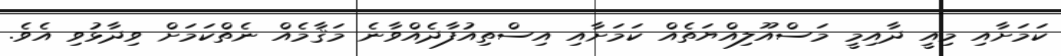
ކަމަށާއި މިއީ ދާއިމީ މަސްއޫލިއްޔަތެއް ކަމަށާއި އިސްތިއުފާދެއްވާނެ މަޤާމެއް ނެތްކަމަށް ވިދާޅުވި އެވެ.